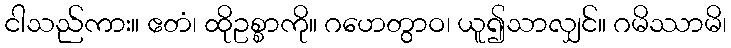
ငါသည်ကား။ ဧတံ၊ ထိုဥစ္စာကို။ ဂဟေတွာဝ၊ ယူ၍သာလျှင်။ ဂမိဿာမိ၊